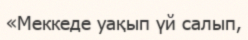
«Меккеде уақып үй салып,